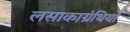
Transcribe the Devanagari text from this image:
लसाकाग्रंथियाँ